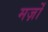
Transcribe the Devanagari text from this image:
मर्ज़ों